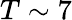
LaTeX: T\sim 7